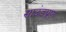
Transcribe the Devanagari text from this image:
साउंडप्रूफ